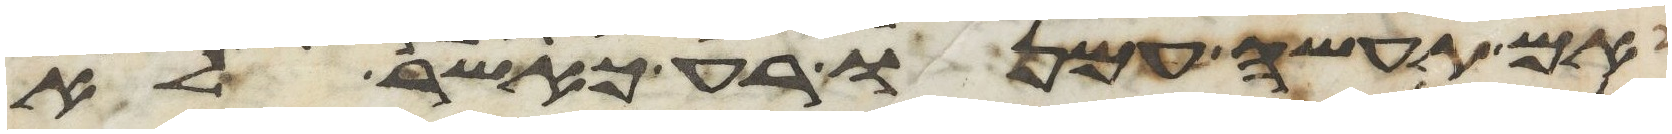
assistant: אם תעשה עמנו רע כאשר לא